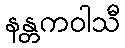
နန္တကဝါသီ